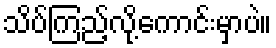
သိပ်ကြည့်လို့ကောင်းမှာပဲ။